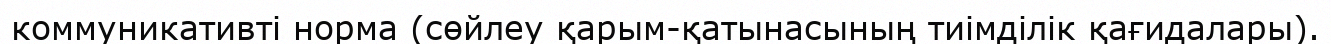
коммуникативті норма (сөйлеу қарым-қатынасының тиімділік қағидалары).